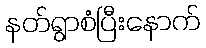
နတ်ရွာစံပြီးနောက်